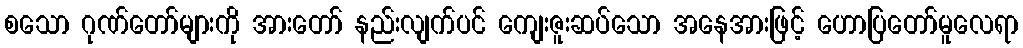
စသော ဂုဏ်တော်များကို အားတော် နည်းလျက်ပင် ကျေးဇူးဆပ်သော အနေအားဖြင့် ဟောပြတော်မူလေရာ